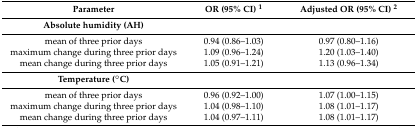
| Parameter | OR (95% CI) 1 | Adjusted OR (95% CI) 2 |
 | --- | --- | --- |
 | Absolute humidity (AH) |  |  |
 | mean of three prior days | 0.94 (0.86–1.03) | 0.97 (0.80–1.16) |
 | maximum change during three prior days | 1.09 (0.96–1.24) | 1.20 (1.03–1.40) |
 | mean change during three prior days | 1.05 (0.91–1.21) | 1.13 (0.96–1.34) |
 | Temperature (°C) |  |  |
 | mean of three prior days | 0.96 (0.92–1.00) | 1.07 (1.00–1.15) |
 | maximum change during three prior days | 1.04 (0.98–1.10) | 1.08 (1.01–1.17) |
 | mean change during three prior days | 1.04 (0.97–1.11) | 1.08 (1.01–1.17) |